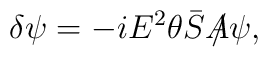
\delta\psi=-iE^2\theta\bar{S}{\hbox{$A\mkern-10mu/\mkern 1mu$}}\psi,